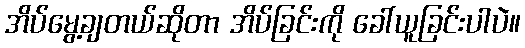
အိပ်မွေ့ချတယ်ဆိုတာ အိပ်ခြင်းကို ခေါ်ယူခြင်းပါပဲ။